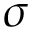
\sigma